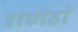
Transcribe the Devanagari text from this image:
राठौडो